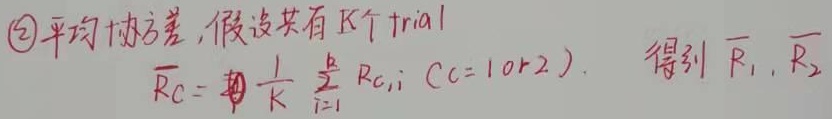
\textcircled{2}平均协方差, 假设共有\(K\)个 trial
\(\overline{R}_{C}= \frac{1}{K}\sum_{i = 1}^{K} R_{C,i}\ (C = 1 \text{ or } 2)\)
得到 \(\overline{R}_{1},\overline{R}_{2}\)